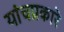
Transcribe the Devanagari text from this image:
यांचप्रकारे